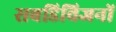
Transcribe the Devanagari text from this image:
सबडिविजनों